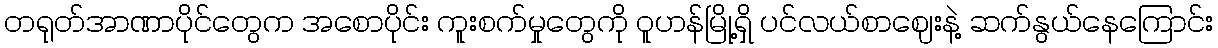
တရုတ်အာဏာပိုင်တွေက အစောပိုင်း ကူးစက်မှုတွေကို ဝူဟန်မြို့ရှိ ပင်လယ်စာဈေးနဲ့ ဆက်နွယ်နေကြောင်း